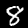
Digit: 8